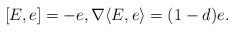
LaTeX: \begin{align*} [E,e]=-e, \nabla\langle E,e\rangle=(1-d)e.\end{align*}